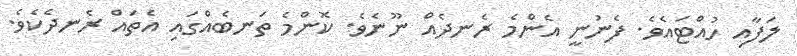
ލަފާއި ހުއްޓައެވެ. ފެނުނީ އެންމެ ރެނދެއް ނޫނެވެ. ކޮންމެ ތަނބެއްގައި އެތައް ރެނދެކެވެ.